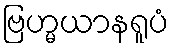
ဗြဟ္မယာနရူပံ